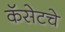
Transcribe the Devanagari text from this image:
कॅसेटचे